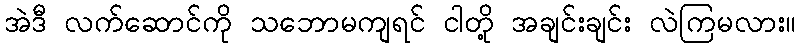
အဲဒီ လက်ဆောင်ကို သဘောမကျရင် ငါတို့ အချင်းချင်း လဲကြမလား။